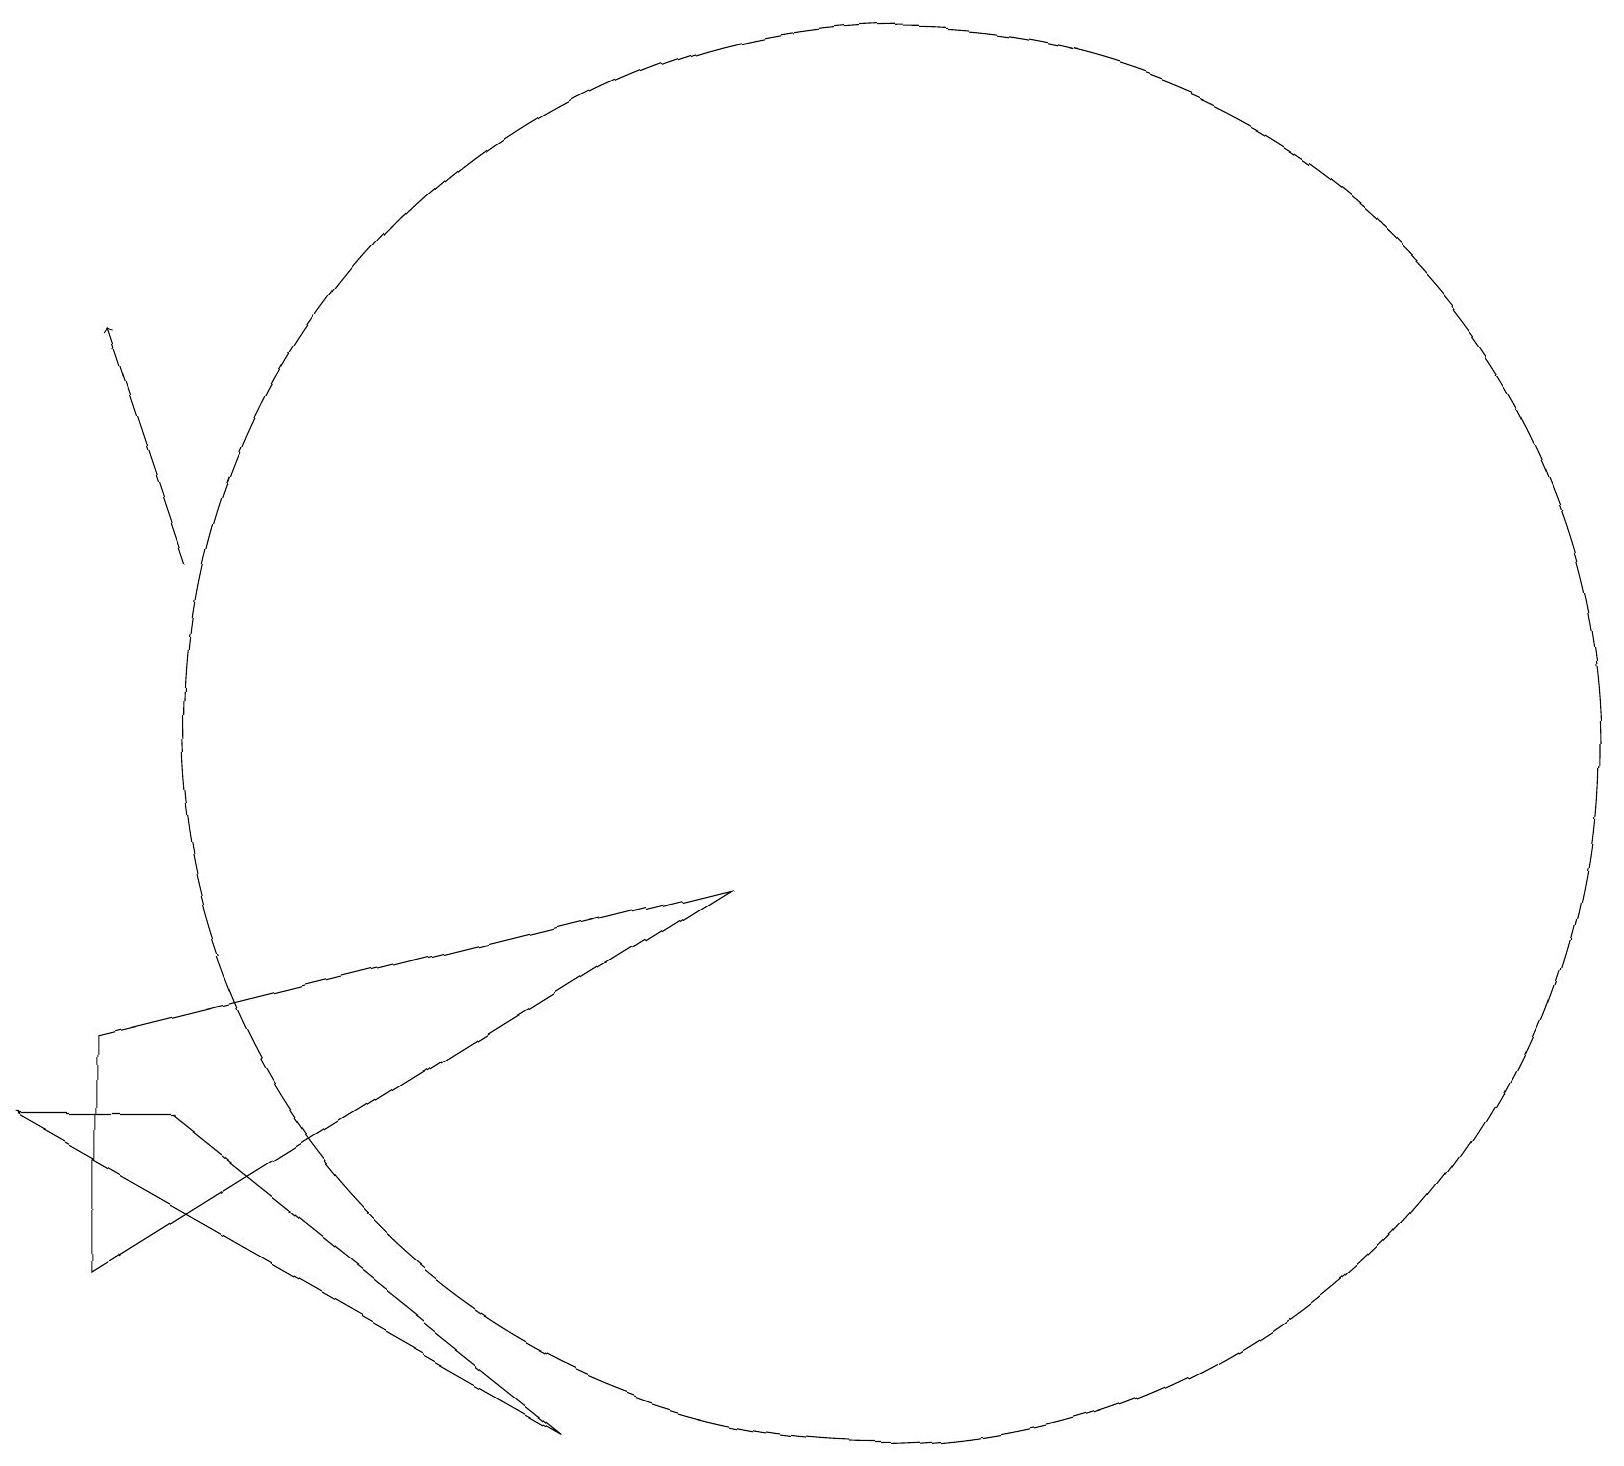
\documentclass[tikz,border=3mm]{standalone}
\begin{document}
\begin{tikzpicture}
\draw (11,11) circle (9);
\draw[->] (2,13) -- (1,16);
\draw (1,7) -- (1,4) -- (9,9) -- cycle;
\draw (7,2) -- (0,6) -- (2,6) -- cycle;
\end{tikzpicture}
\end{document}